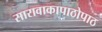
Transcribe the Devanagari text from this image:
सारावाकापाठोपाठ